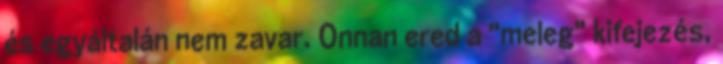
és egyáltalán nem zavar. Onnan ered a "meleg" kifejezés,